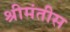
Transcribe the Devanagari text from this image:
श्रीमंतीस